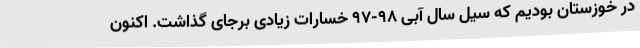
در خوزستان بودیم که سیل سال آبی ۹۸-۹۷ خسارات زیادی برجای گذاشت. اکنون